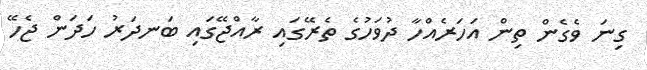
ގިނަ ވެގެން ތިން އަހަރެއްހާ ދުވަހުގެ ތެރޭގައި ރާއްޖޭގައި ބަނދަރު ހަދަން ޖެހޭ